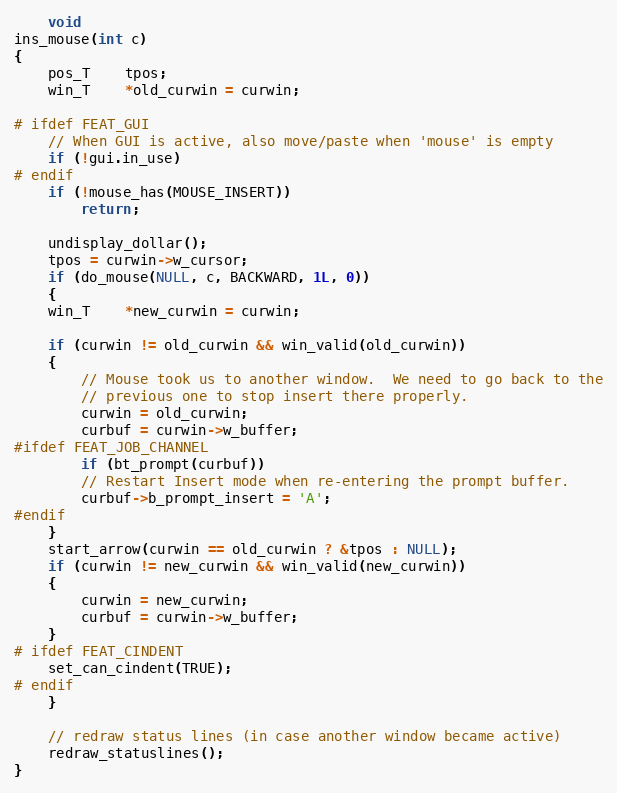
Language: C
    void
ins_mouse(int c)
{
    pos_T	tpos;
    win_T	*old_curwin = curwin;

# ifdef FEAT_GUI
    // When GUI is active, also move/paste when 'mouse' is empty
    if (!gui.in_use)
# endif
	if (!mouse_has(MOUSE_INSERT))
	    return;

    undisplay_dollar();
    tpos = curwin->w_cursor;
    if (do_mouse(NULL, c, BACKWARD, 1L, 0))
    {
	win_T	*new_curwin = curwin;

	if (curwin != old_curwin && win_valid(old_curwin))
	{
	    // Mouse took us to another window.  We need to go back to the
	    // previous one to stop insert there properly.
	    curwin = old_curwin;
	    curbuf = curwin->w_buffer;
#ifdef FEAT_JOB_CHANNEL
	    if (bt_prompt(curbuf))
		// Restart Insert mode when re-entering the prompt buffer.
		curbuf->b_prompt_insert = 'A';
#endif
	}
	start_arrow(curwin == old_curwin ? &tpos : NULL);
	if (curwin != new_curwin && win_valid(new_curwin))
	{
	    curwin = new_curwin;
	    curbuf = curwin->w_buffer;
	}
# ifdef FEAT_CINDENT
	set_can_cindent(TRUE);
# endif
    }

    // redraw status lines (in case another window became active)
    redraw_statuslines();
}